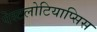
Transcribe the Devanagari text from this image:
पेस्टलोटियाप्सिस